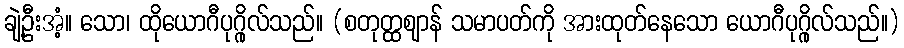
ချဲ့ဦးအံ့။ သော၊ ထိုယောဂီပုဂ္ဂိုလ်သည်။ (စတုတ္ထဈာန် သမာပတ်ကို အားထုတ်နေသော ယောဂီပုဂ္ဂိုလ်သည်။)